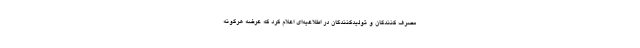
مصرف کنندگان و تولیدکنندگان در اطلاعیه‌ای اعلام کرد که عرضه هرگونه